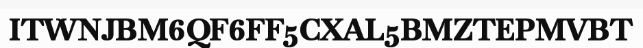
ITWNJBM6QF6FF5CXAL5BMZTEPMVBT